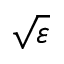
\sqrt \ensuremath { \varepsilon }